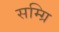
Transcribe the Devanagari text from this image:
सम्ग्रि